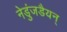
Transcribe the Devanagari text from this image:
नेडुंजडैयन्